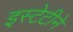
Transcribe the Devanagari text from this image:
इस्टेटीने